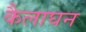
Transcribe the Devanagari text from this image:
कैलाघन